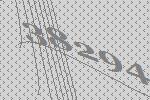
38294